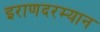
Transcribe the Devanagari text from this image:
इराणदरम्यान